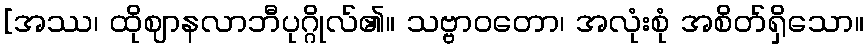
[အဿ၊ ထိုဈာနလာဘီပုဂ္ဂိုလ်၏။ သဗ္ဗာဝတော၊ အလုံးစုံ အစိတ်ရှိသော။